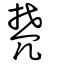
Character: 棾